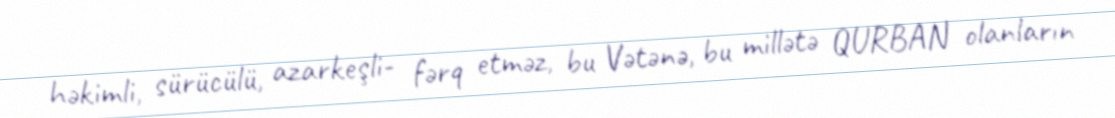
həkimli, sürücülü, azarkeşli- fərq etməz, bu Vətənə, bu millətə QURBAN olanların